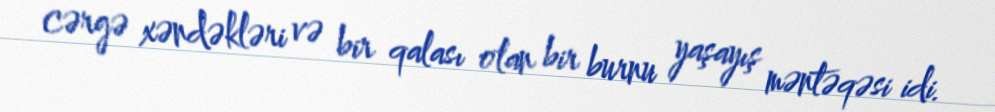
cərgə xəndəkləri və bir qalası olan bir burnu yaşayış məntəqəsi idi.